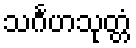
သင်္ဂဟသုတ္တံ